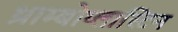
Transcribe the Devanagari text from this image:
थ्राम्बोप्लास्टिन